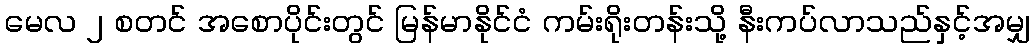
မေလ ၂ စတင် အစောပိုင်းတွင် မြန်မာနိုင်ငံ ကမ်းရိုးတန်းသို့ နီးကပ်လာသည်နှင့်အမျှ